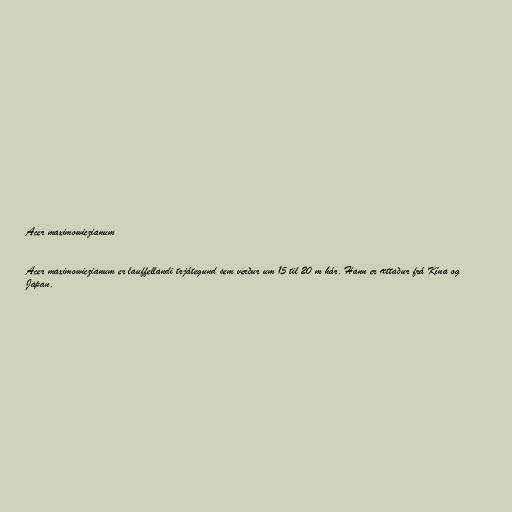
Acer maximowiczianum

Acer maximowiczianum er lauffellandi trjátegund sem verður um 15 til 20 m hár. Hann er ættaður frá Kína og
Japan.